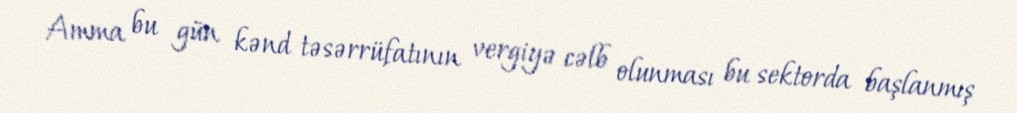
Amma bu gün kənd təsərrüfatının vergiyə cəlb olunması bu sektorda başlanmış